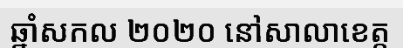
ឆ្នាំសកល ២០២០ នៅសាលាខេត្ត